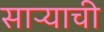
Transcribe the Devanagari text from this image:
साऱ्याची